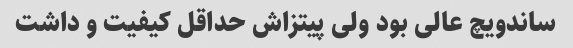
ساندویچ عالی بود ولی پیتزاش حداقل کیفیت و داشت